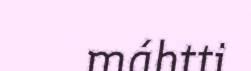
máhtti